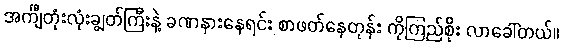
အင်္ကျီတုံးလုံးချွတ်ကြီးနဲ့ ခဏနားနေရင်း စာဖတ်နေတုန်း ကိုကြည်စိုး လာခေါ်တယ်။